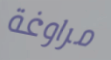
مراوغة